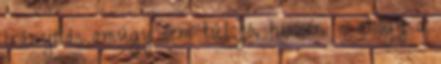
irányítás amúgy sem túl jó, hiszen – ahogy a